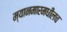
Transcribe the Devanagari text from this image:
म्यानमारमधीलच